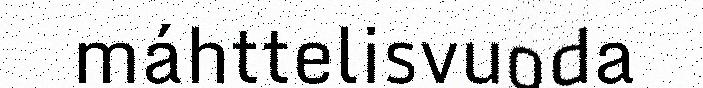
máhttelisvuoda